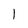
Character: l